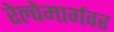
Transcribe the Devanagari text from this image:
रेल्वेमार्गवर